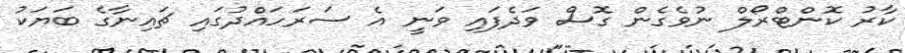
ކާރު ކޮންޓްރޯލް ނުވެގެން ގޮސް ވަދެފައި ވަނީ އެ ސަރަހައްދުގައި ޗައިނާގެ ބަޔަކު